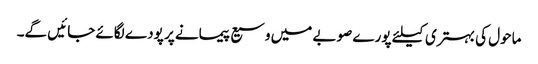
ماحول کی بہتری کیلئے پورے صوبے میں وسیع پیمانے پر پودے لگائے جائیں گے۔